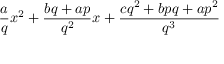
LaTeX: { \frac { a } { q } } x ^ { 2 } + { \frac { b q + a p } { q ^ { 2 } } } x + { \frac { c q ^ { 2 } + b p q + a p ^ { 2 } } { q ^ { 3 } } }